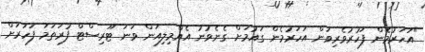
"އަހަރުމެން ފަހުރުވެރިވަން އަހަރުމެން ގައުމަށް ގެނެވުނު އެއްމިލިއަން ވަނަ ޓޫރިސްޓް ފުރަތަމަ ފަހަރަށް